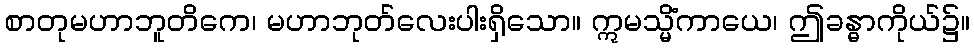
စာတုမဟာဘူတိကေ၊ မဟာဘုတ်လေးပါးရှိသော။ ဣမသ္မိံကာယေ၊ ဤခန္ဓာကိုယ်၌။